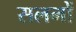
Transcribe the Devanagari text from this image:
सलमों